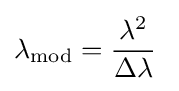
\lambda _{\rm {mod}}={\frac {\lambda ^{2}}{\Delta \lambda }}\